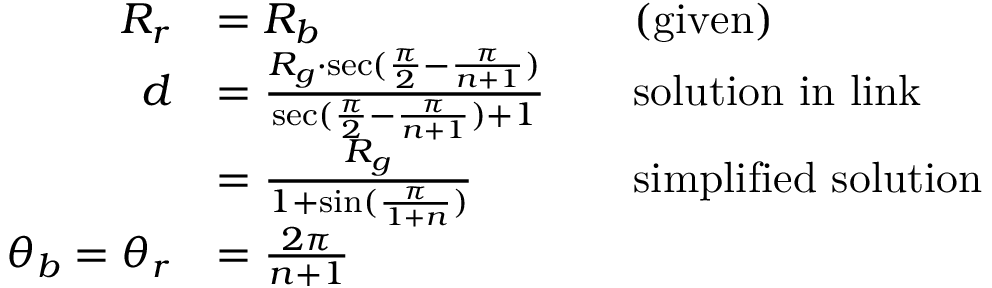
\begin{array} { r l r l } { R _ { r } } & { = R _ { b } } & & { \mathrm { ( g i v e n ) } } \\ { d } & { = \frac { R _ { g } \cdot \sec ( \frac { \pi } { 2 } - \frac { \pi } { n + 1 } ) } { \sec ( \frac { \pi } { 2 } - \frac { \pi } { n + 1 } ) + 1 } } & & { \mathrm { s o l u t i o n ~ i n ~ l i n k } } \\ & { = \frac { R _ { g } } { 1 + \sin ( \frac { \pi } { 1 + n } ) } } & & { \mathrm { s i m p l i f i e d ~ s o l u t i o n } } \\ { \theta _ { b } = \theta _ { r } } & { = \frac { 2 \pi } { n + 1 } } \end{array}